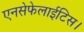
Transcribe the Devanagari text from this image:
एनसेफेलाईटिस।